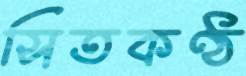
সিতকণ্ঠ